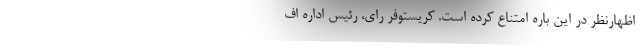
اظهارنظر در این باره امتناع کرده است. کریستوفر رای، رئیس اداره اف